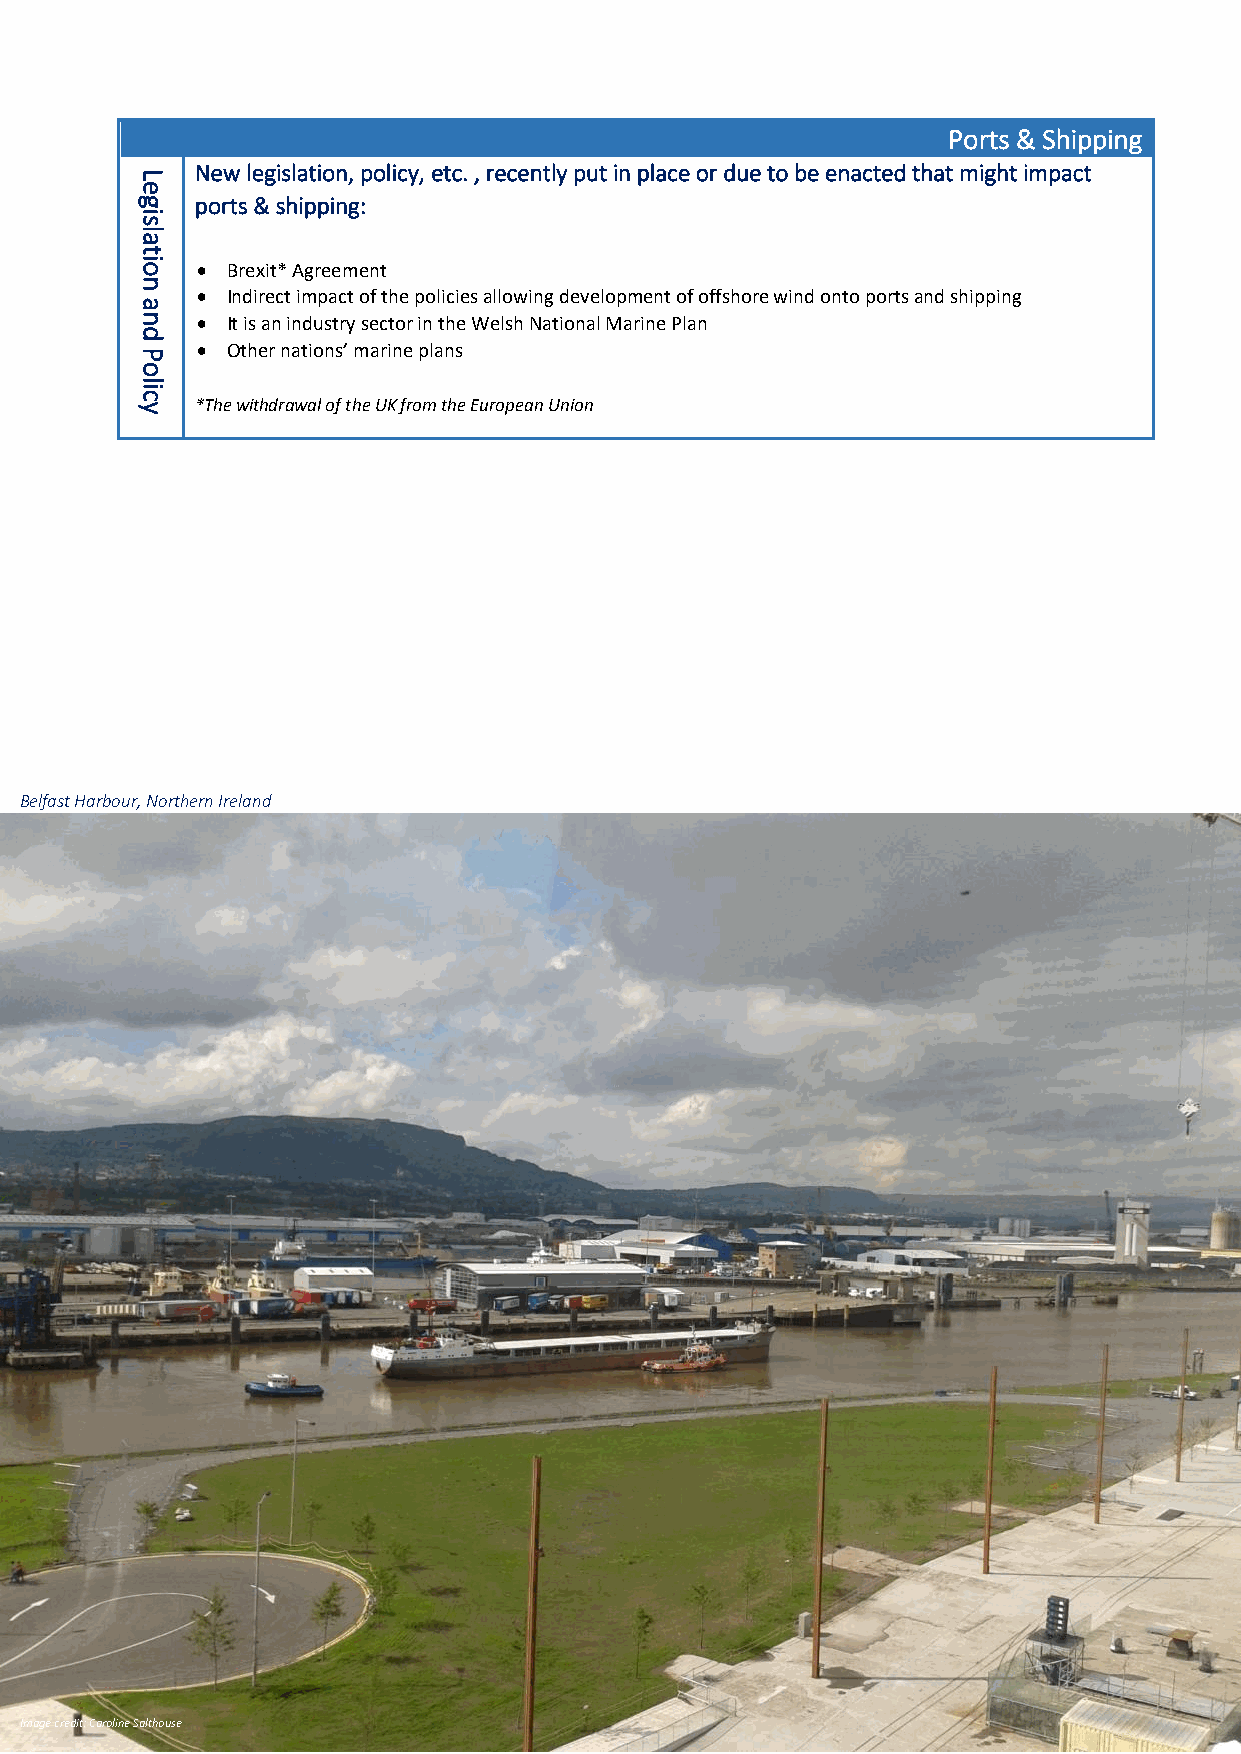
Ports & Shipping
 New legislation, policy, etc. , recently put in place or due to be enacted that might impact
 L
 e
 g   ports & shipping:
 i
 s
 la
 t
 io  • Brexit* Agreement
 n
 • Indirect impact of the policies allowing development of offshore wind onto ports and shipping
 a
 n   • It is an industry sector in the Welsh National Marine Plan
 d
 • Other nations’ marine plans
 P
 o
 lic
 y   *The withdrawal of the UK from the European Union
 Belfast Harbour, Northern Ireland
 Image credit: Caroline Salthouse